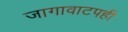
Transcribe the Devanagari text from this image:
जागावाटपही